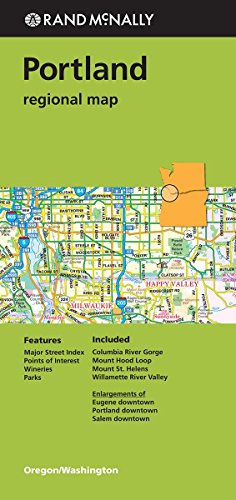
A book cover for Rand Mcnally Portland Regional Map (Green Cover) (Rand Mcnally Regional Map); Rand McNally; Travel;